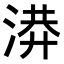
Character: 𭱄